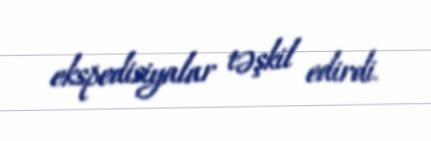
ekspedisiyalar təşkil edirdi.